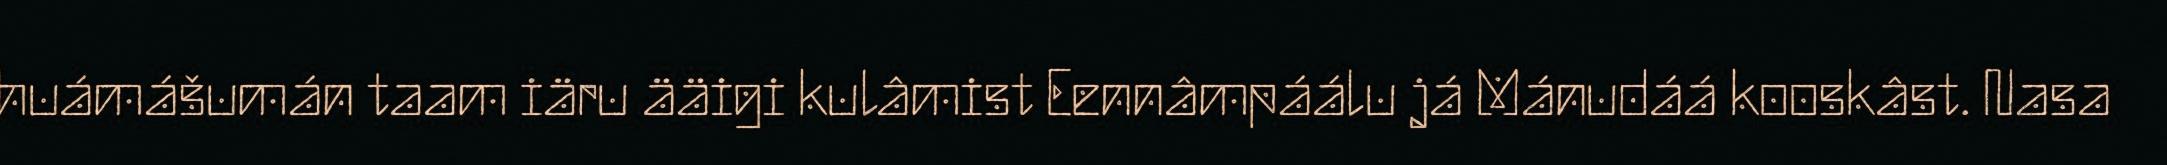
huámášumán taam iäru ääigi kulâmist Eennâmpáálu já Mánudáá kooskâst. Nasa